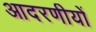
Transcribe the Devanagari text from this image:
आदरणीयों